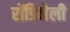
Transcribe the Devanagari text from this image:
रोंडिनेली